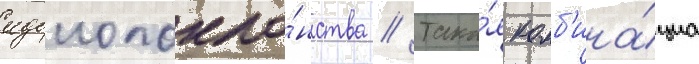
идолопокло́нства // Така́я комб'ина́циа